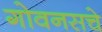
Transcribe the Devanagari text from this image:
गोवनसचे